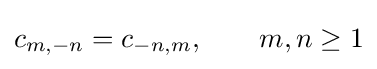
c_{m,-n}=c_{-n,m},\qquad m,n\geq 1